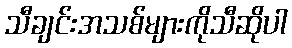
သီချင်းအသစ်များကိုသီဆိုပါ